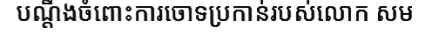
បណ្តឹងចំពោះការចោទប្រកាន់របស់លោក សម